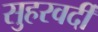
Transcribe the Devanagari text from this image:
सुहरवर्दी